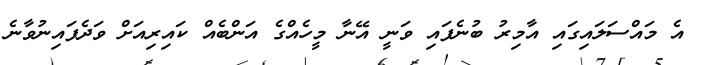
އެ މައްސަލައިގައި އާމިރު ބުނެފައި ވަނީ އޭނާ މީހެއްގެ އަންބެއް ކައިރިއަށް ވަދެފައިނުވާނެ